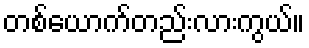
တစ်ယောက်တည်းလားကွယ်။